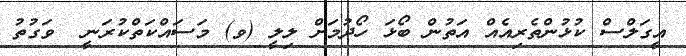
އީގަލްސް ކުޅުންތެރިއެއް އަތުން ބޯޅަ ހޯދުމަށް ލިލީ (ވ) މަސައްކަތްކުރަނީ  ވަގުތު